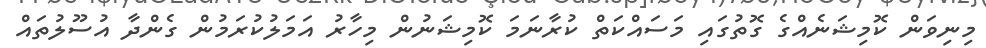
މިނިވަން ކޮމިޝަނެއްގެ ގޮތުގައި މަސައްކަތް ކުރާނަމަ ކޮމިޝަނުން މިހާރު އަމަލުކުރަމުން ގެންދާ އުސޫލުތައް